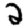
Digit: 2